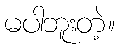
မပါဘူးတဲ့။